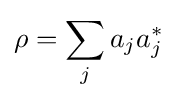
\rho =\sum _{j}a_{j}a_{j}^{*}